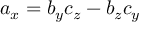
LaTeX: a _ { x } = b _ { y } c _ { z } - b _ { z } c _ { y }